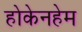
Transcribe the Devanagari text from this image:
होकेनहेम